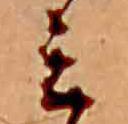
ミ